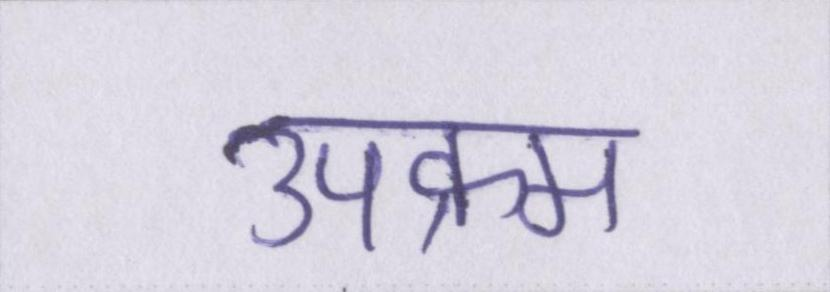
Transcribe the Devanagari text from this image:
उपक्रम